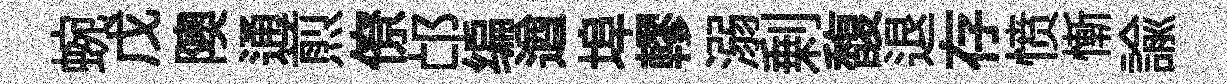
蜿戊隩通煎僚邙编遒埠轇溺剰馥退存愤慚諭